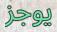
يوجز